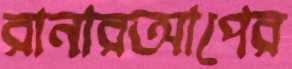
রানারআপের